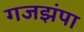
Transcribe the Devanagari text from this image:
गजझंपा